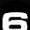
Digit: 6